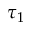
\tau _ { 1 }